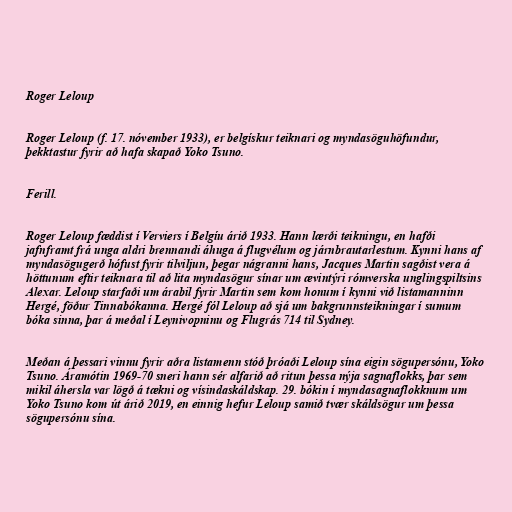
Roger Leloup

Roger Leloup (f. 17. nóvember 1933), er belgískur teiknari og myndasöguhöfundur,
þekktastur fyrir að hafa skapað Yoko Tsuno.

Ferill.

Roger Leloup fæddist í Verviers í Belgíu árið 1933. Hann lærði teikningu, en hafði
jafnframt frá unga aldri brennandi áhuga á flugvélum og járnbrautarlestum. Kynni hans af
myndasögugerð hófust fyrir tilviljun, þegar nágranni hans, Jacques Martin sagðist vera á
höttunum eftir teiknara til að lita myndasögur sínar um ævintýri rómverska unglingspiltsins
Alexar. Leloup starfaði um árabil fyrir Martin sem kom honum í kynni við listamanninn
Hergé, föður Tinnabókanna. Hergé fól Leloup að sjá um bakgrunnsteikningar í sumum
bóka sinna, þar á meðal í Leynivopninu og Flugrás 714 til Sydney.

Meðan á þessari vinnu fyrir aðra listamenn stóð þróaði Leloup sína eigin sögupersónu, Yoko
Tsuno. Áramótin 1969-70 sneri hann sér alfarið að ritun þessa nýja sagnaflokks, þar sem
mikil áhersla var lögð á tækni og vísindaskáldskap. 29. bókin í myndasagnaflokknum um
Yoko Tsuno kom út árið 2019, en einnig hefur Leloup samið tvær skáldsögur um þessa
sögupersónu sína.